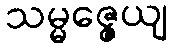
သမ္မဇ္ဇေယျ